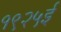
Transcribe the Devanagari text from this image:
१९२५ई